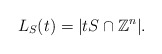
\begin{align*}L_{S}(t) = |t S \cap \mathbb{Z}^n|.\end{align*}